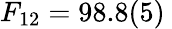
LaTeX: F_{12}=98.8(5)\